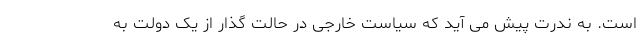
است. به ندرت پیش می آید که سیاست خارجی در حالت گذار از یک دولت به